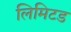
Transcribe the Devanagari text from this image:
लिमिटड